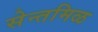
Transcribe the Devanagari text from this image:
सेन्तमिळ